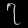
Digit: ၇